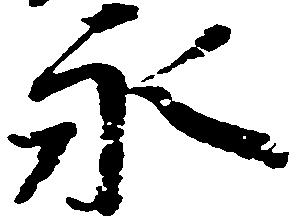
永